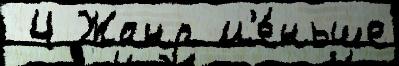
 4 Жанр м'е́ньше